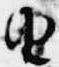
由